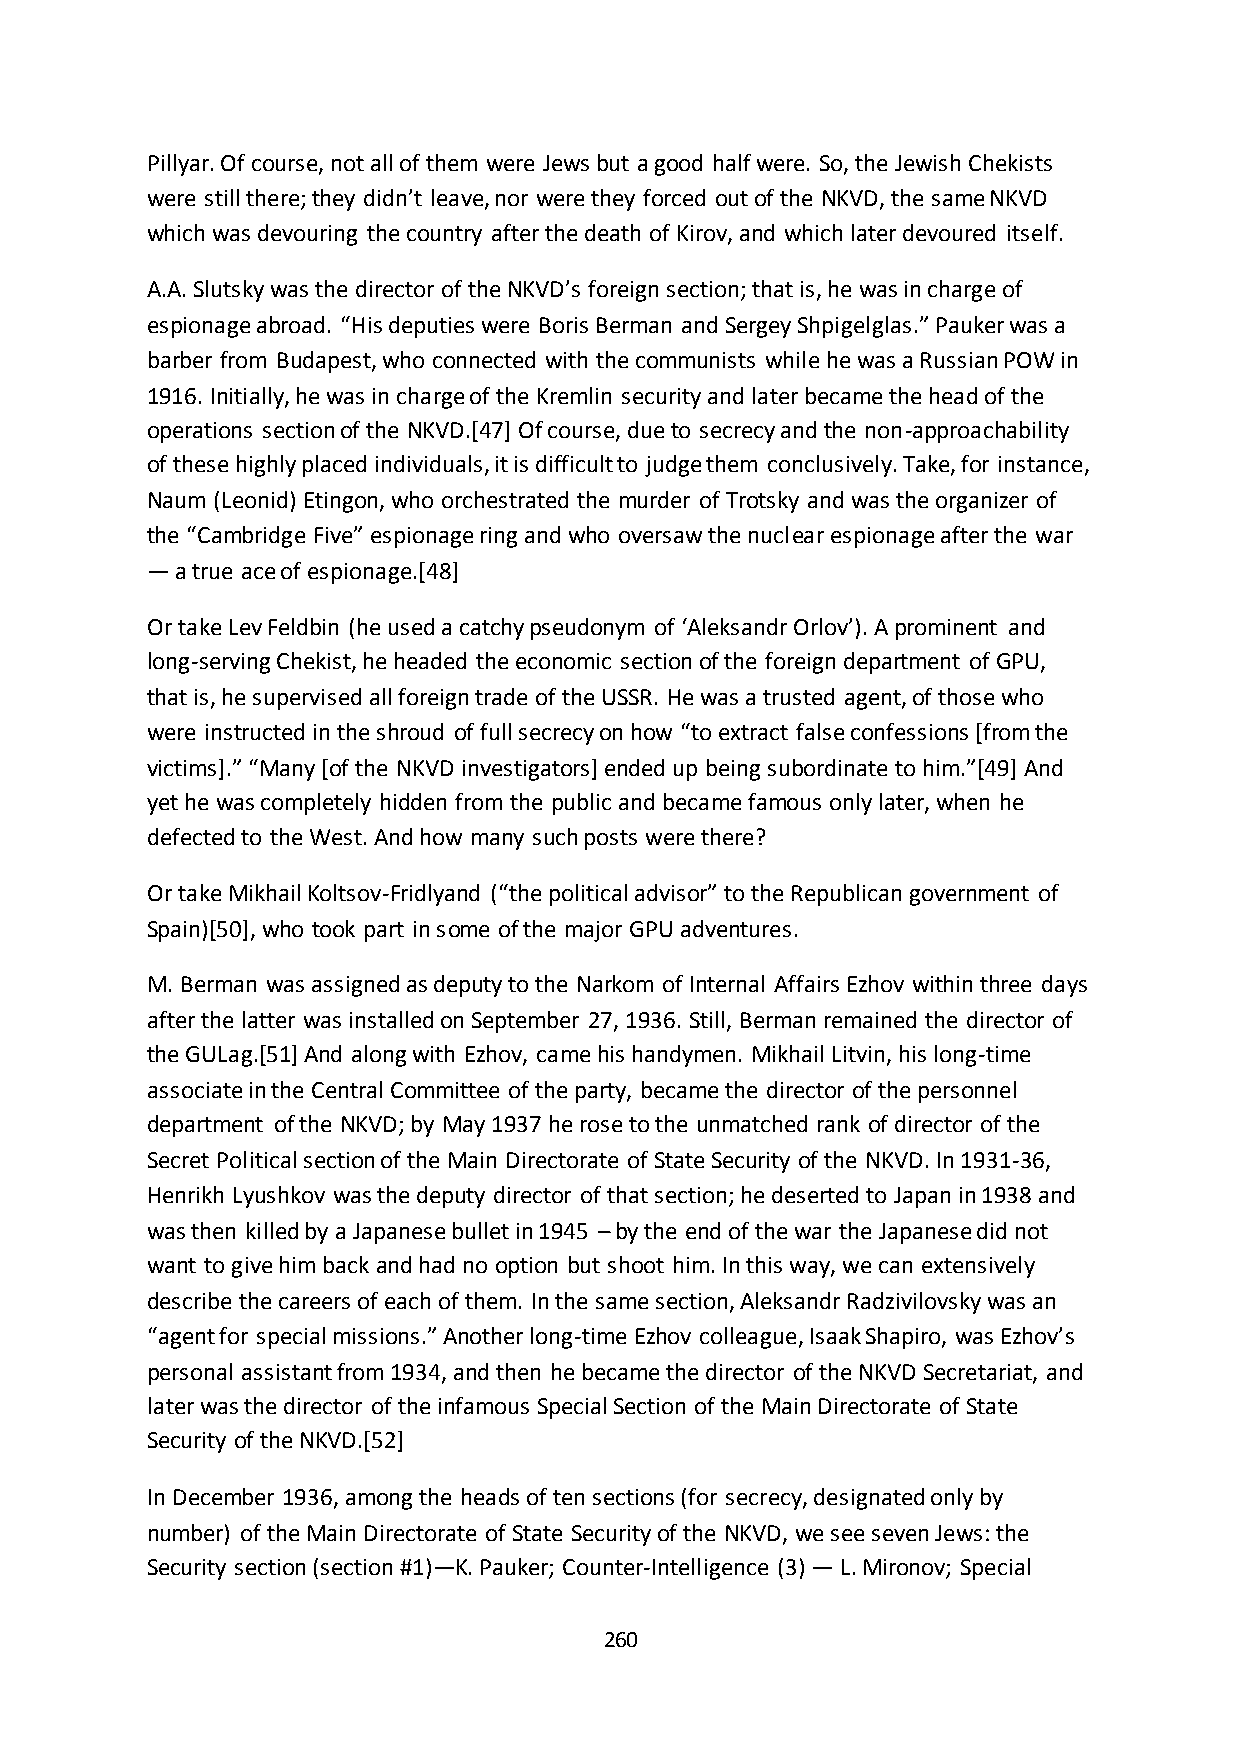
Pillyar. Of course, not all of them were Jews but a good half were. So, the Jewish Chekists
 were still there; they didn’t leave, nor were they forced out of the NKVD, the same NKVD
 which was devouring the country after the death of Kirov, and which later devoured itself.
 A.A. Slutsky was the director of the NKVD’s foreign section; that is, he was in charge of
 espionage abroad. “His deputies were Boris Berman and Sergey Shpigelglas.” Pauker was a
 barber from Budapest, who connected with the communists while he was a Russian POW in
 1916. Initially, he was in charge of the Kremlin security and later became the head of the
 operations section of the NKVD.[47] Of course, due to secrecy and the non-approachability
 of these highly placed individuals, it is difficult to judge them conclusively. Take, for instance,
 Naum (Leonid) Etingon, who orchestrated the murder of Trotsky and was the organizer of
 the “Cambridge Five” espionage ring and who oversaw the nuclear espionage after the war
 — a true ace of espionage.[48]
 Or take Lev Feldbin (he used a catchy pseudonym of ‘Aleksandr Orlov’). A prominent and
 long-serving Chekist, he headed the economic section of the foreign department of GPU,
 that is, he supervised all foreign trade of the USSR. He was a trusted agent, of those who
 were instructed in the shroud of full secrecy on how “to extract false confessions *from the
 victims+.” “Many *of the NKVD investigators+ ended up being subordinate to him.”*49+ And
 yet he was completely hidden from the public and became famous only later, when he
 defected to the West. And how many such posts were there?
 Or take Mikhail Koltsov-Fridlyand (“the political advisor” to the Republican government of
 Spain)[50], who took part in some of the major GPU adventures.
 M. Berman was assigned as deputy to the Narkom of Internal Affairs Ezhov within three days
 after the latter was installed on September 27, 1936. Still, Berman remained the director of
 the GULag.[51] And along with Ezhov, came his handymen. Mikhail Litvin, his long-time
 associate in the Central Committee of the party, became the director of the personnel
 department of the NKVD; by May 1937 he rose to the unmatched rank of director of the
 Secret Political section of the Main Directorate of State Security of the NKVD. In 1931-36,
 Henrikh Lyushkov was the deputy director of that section; he deserted to Japan in 1938 and
 was then killed by a Japanese bullet in 1945 – by the end of the war the Japanese did not
 want to give him back and had no option but shoot him. In this way, we can extensively
 describe the careers of each of them. In the same section, Aleksandr Radzivilovsky was an
 “agent for special missions.” Another long-time Ezhov colleague, Isaak Shapiro, was Ezhov’s
 personal assistant from 1934, and then he became the director of the NKVD Secretariat, and
 later was the director of the infamous Special Section of the Main Directorate of State
 Security of the NKVD.[52]
 In December 1936, among the heads of ten sections (for secrecy, designated only by
 number) of the Main Directorate of State Security of the NKVD, we see seven Jews: the
 Security section (section #1)—K. Pauker; Counter-Intelligence (3) — L. Mironov; Special
 260